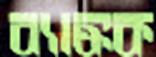
ব্যাঙ্কক